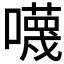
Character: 𡃙